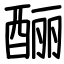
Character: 酾